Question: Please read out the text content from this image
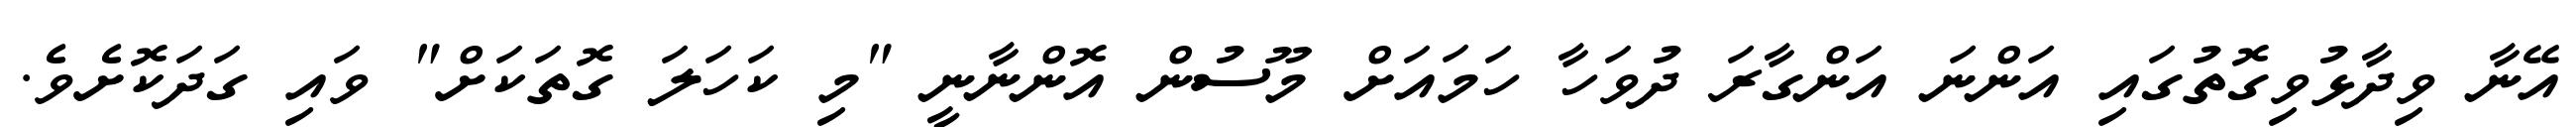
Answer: އޭނާ ވިދާޅުވިގޮތުގައި އަންނަ އަންގާރަ ދުވަހާ ހަމައަށް މޫސުން އޮންނާނީ "މި ކަހަލަ ގޮތަކަށް" ވައި ގަދަކޮށެވެ.